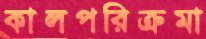
কালপরিক্রমা